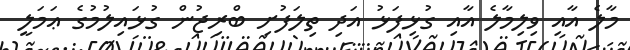
މާލެ އާއި ވިލިމާލެ އާއި ގުޅިފަޅު އަދި ތިލަފުށި ބްރިޖުން ގުޅައިލުމުގެ ޢަމަލީ